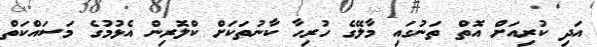
އަދި ކުރިއަށް އޮތް ތަނުގައި މާލޭގެ ހުރިހާ ކާނުތަކަށް ކްލޮރިން އެޅުމުގެ މަސައްކަތް